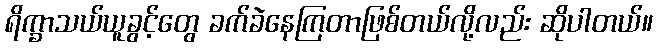
ရိက္ခာသယ်ယူခွင့်တွေ ခက်ခဲနေကြတာဖြစ်တယ်လို့လည်း ဆိုပါတယ်။